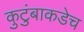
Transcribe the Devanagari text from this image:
कुटुंबाकडेच